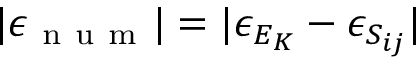
| \epsilon _ { \mathrm { ~ n ~ u ~ m ~ } } | = | \epsilon _ { E _ { K } } - \epsilon _ { S _ { i j } } |